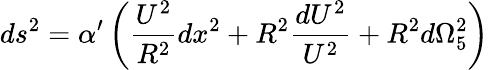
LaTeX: ds^{2}={\alpha}^{\prime}\left({\frac{U^{2}}{R^{2}}}dx^{2}+R^{2}{\frac{dU^{2}}{U^{2}}}+R^{2}d{\Omega}_{5}^{2}\right)